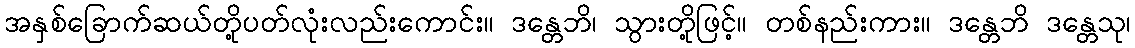
အနှစ်ခြောက်ဆယ်တို့ပတ်လုံးလည်းကောင်း။ ဒန္တေဘိ၊ သွားတို့ဖြင့်။ တစ်နည်းကား။ ဒန္တေဘိ ဒန္တေသု၊